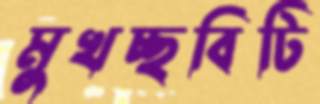
মুখচ্ছবিটি